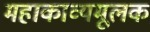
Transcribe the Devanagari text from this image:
महाकाव्यमूलक